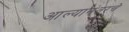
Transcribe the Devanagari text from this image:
आल्यानंतरचे